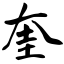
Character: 奎